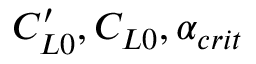
C _ { L 0 } ^ { \prime } , C _ { L 0 } , \alpha _ { c r i t }